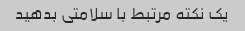
یک نکته مرتبط با سلامتی بدهید